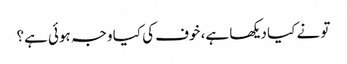
تو نے کیا دیکھا ہے، خوف کی کیا وجہ ہوئی ہے؟